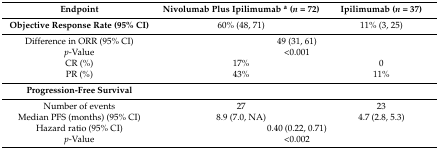
<table><thead><tr><td><b>Endpoint</b></td><td><b>Nivolumab Plus Ipilimumab <sup>a</sup> (<i>n</i> = 72)</b></td><td><b>Ipilimumab (<i>n</i> = 37)</b></td></tr></thead><tbody><tr><td><b>Objective Response Rate (95% CI)</b></td><td>60% (48, 71)</td><td>11% (3, 25)</td></tr><tr><td>Difference in ORR (95% CI) </td><td colspan="2">49 (31, 61)</td></tr><tr><td><i>p</i>-Value</td><td colspan="2">&lt;0.001</td></tr><tr><td>CR (%)</td><td>17%</td><td>0</td></tr><tr><td>PR (%)</td><td>43%</td><td>11%</td></tr><tr><td><b>Progression-Free Survival</b></td><td colspan="2"></td></tr><tr><td>Number of events</td><td>27</td><td>23</td></tr><tr><td>Median PFS (months) (95% CI)</td><td>8.9 (7.0, NA)</td><td>4.7 (2.8, 5.3)</td></tr><tr><td>Hazard ratio (95% CI)</td><td colspan="2">0.40 (0.22, 0.71)</td></tr><tr><td><i>p</i>-Value</td><td colspan="2">&lt;0.002</td></tr></tbody></table>